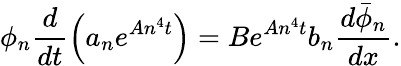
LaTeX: \phi_{n}\frac{d}{dt}\left(a_{n}e^{An^{4}t}\right)=Be^{An^{4}t}b_{n}\frac{d\bar{\phi}_{n}}{dx}.